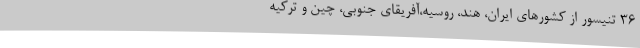
۳۶ تنیسور از کشورهای ایران، هند، روسیه،آفریقای جنوبی، چین و ترکیه